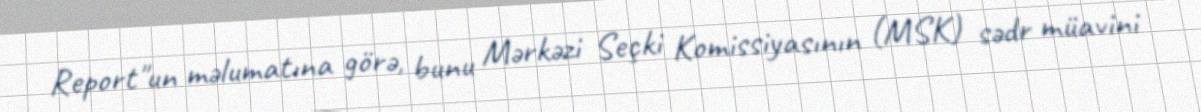
Report"un məlumatına görə, bunu Mərkəzi Seçki Komissiyasının (MSK) sədr müavini